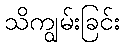
သိကျွမ်းခြင်း